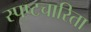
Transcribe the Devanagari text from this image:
स्पष्टचारिता